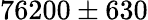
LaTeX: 76200\pm 630